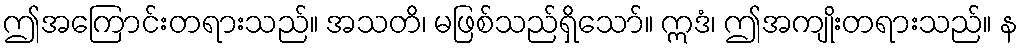
ဤအကြောင်းတရားသည်။ အသတိ၊ မဖြစ်သည်ရှိသော်။ ဣဒံ၊ ဤအကျိုးတရားသည်။ န